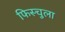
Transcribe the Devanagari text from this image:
फिस्‍चुला